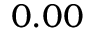
0 . 0 0